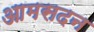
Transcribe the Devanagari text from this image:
आमसदन